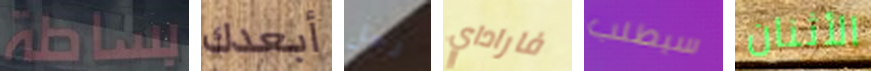
بساطة أبعدك رجل فاراداي سيطلب الأثنان